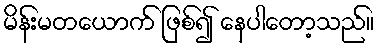
မိန်းမတယောက် ဖြစ်၍ နေပါတော့သည်။